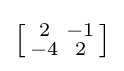
\left[{\begin{smallmatrix}2&-1\\-4&2\end{smallmatrix}}\right]